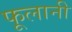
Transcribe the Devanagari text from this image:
फूलानी